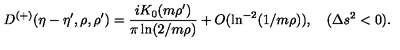
D ^ { ( + ) } ( \eta - \eta ^ { \prime } , \rho , \rho ^ { \prime } ) = \frac { i K _ { 0 } ( m \rho ^ { \prime } ) } { \pi \ln ( 2 / m \rho ) } + O ( \ln ^ { - 2 } ( 1 / m \rho ) ) , \quad ( \Delta s ^ { 2 } < 0 ) .